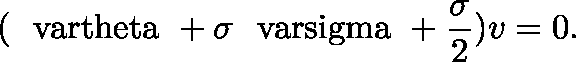
( \mathrm { \boldmath ~ \ v a r t h e t a ~ } + \sigma \mathrm { \boldmath ~ \ v a r s i g m a ~ } + \frac { \sigma } { 2 } ) v = 0 .